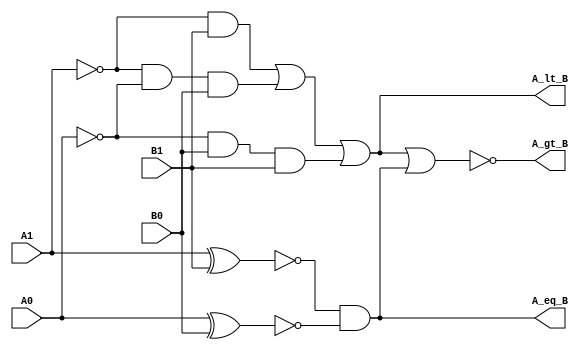

module Comp_2_str (A_gt_B, A_lt_B, A_eq_B, A1, A0, B1, B0);
  output 	A_gt_B, A_lt_B, A_eq_B;
  input 	A1, A0, B1, B0;
  wire	w1, w2, w3, w4, w5, w6, w7;
  or 		(A_lt_B, w1, w2, w3);
  nor 	(A_gt_B, A_lt_B, A_eq_B);
  and 	(A_eq_B, w4, w5);
  and 	(w1, w6, B1);
  and 	(w2, w6, w7, B0);
  and 	(w3, w7, B0, B1);
  not 	(w6, A1);
  not 	(w7, A0);
  xnor 	(w4, A1, B1);
  xnor 	(w5, A0, B0);
endmodule

module Comp_4_str(A_gt_B, A_lt_B, A_eq_B, A3, A2, A1, A0, B3, B2, B1, B0);
output 	A_gt_B, A_lt_B, A_eq_B;
input 	A3, A2, A1, A0, B3, B2, B1, B0;
wire 		w1, w0;
Comp_2_str M1 (A_gt_B_M1, A_lt_B_M1, A_eq_B_M1, A3, A2, B3, B2);
Comp_2_str M0 (A_gt_B_M0, A_lt_B_M0, A_eq_B_M0, A1, A0, B1, B0);

or (A_gt_B, A_gt_B_M1, w1);
and (w1, A_eq_B_M1, A_gt_B_M0);

and (A_eq_B, A_eq_B_M1, A_eq_B_M0);

or (A_lt_B, A_lt_B_M1, w0);
and (w0, A_eq_B_M1, A_lt_B_M0);
endmodule

module test_Comp_4_str();

wire 	A_gt_B, A_lt_B, A_eq_B;
reg 	[4:0] A, B;			// sized to prevent loop wrap around
wire [3:0] A_bus, B_bus;
assign A_bus = A[3:0];		// display 4 bit values
assign B_bus = B[3:0];

Comp_4_str M1 (A_gt_B, A_lt_B, A_eq_B, A[3], A[2], A[1], A[0], B[3], B[2], B[1], B[0]);
initial #2000 $finish;

initial begin
#5 for (A = 0; A < 16; A = A + 1) begin 
for (B = 0; B < 16; B = B + 1)begin #5;
end
end
end
endmodule